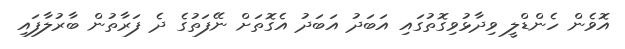
އޮވެން ހެންޑްލީ ވިދާޅުވިގޮތުގައި އަބަދު އަބަދު އެގޮތަށް ނޭފަތުގެ ދެ ފަރާތުން ބާރުލާފައި